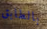
بالطابق